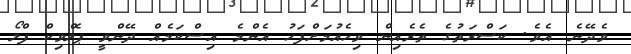
ވެދޭނެ އެވެ. ކަސްރަތުގެ ތެރެއިން ވިހެއުމަށްފަހު އެންމެ އިސްކަމެއް ދޭންވީ ޕެލްވިކް ފްލޯ